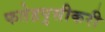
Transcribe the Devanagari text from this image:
फतेहपुसीकरी